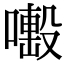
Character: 𠿊